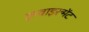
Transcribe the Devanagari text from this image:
एन्वाइरन्मेंट